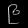
Digit: ၉